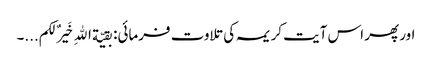
اور پھر اس آیت کریمہ کی تلاوت فرمائی: بقیّة اللهِ خَیرٌ لکم...۔